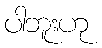
ပါဘူးဟု